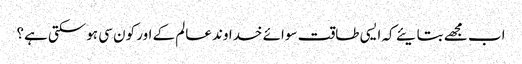
اب مجھے بتایئے کہ ایسی طاقت سوائے خداوند عالم کے اور کون سی ہوسکتی ہے؟